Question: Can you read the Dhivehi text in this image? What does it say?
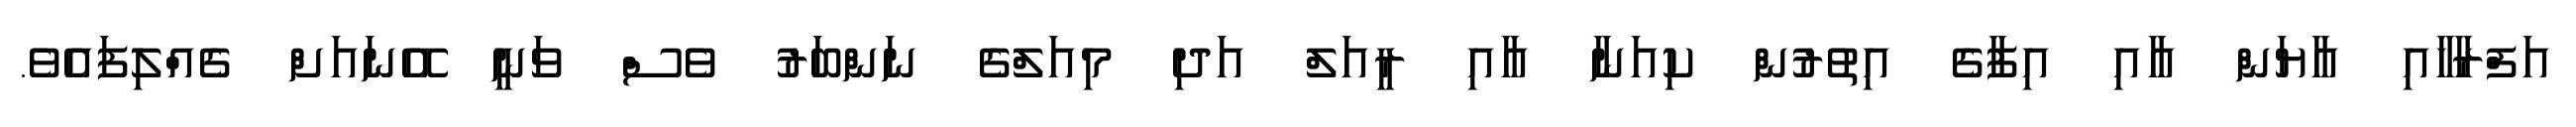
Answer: އަފްރާހާއި އާޔަން އާއި އިފާގެ އިތުރުން ކިއަނާ އާއި ރީއަލް އަދި މިއަލްގެ ނަންބަރު ވެސް ވަނީ އޭނައަށް ގެއްލިފައެވެ.